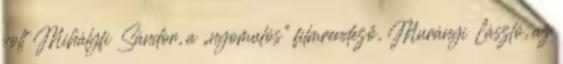
volt Mihályfi Sándor, a „nyomulós” filmrendező, Murányi László, az